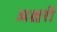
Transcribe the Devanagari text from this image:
अक्षरोें